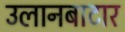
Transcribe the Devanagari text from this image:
उलानबाटार